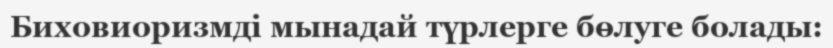
Биховиоризмді мынадай түрлерге бөлуге болады: